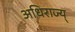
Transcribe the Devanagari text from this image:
अधिराज्य्